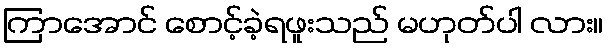
ကြာအောင် စောင့်ခဲ့ရဖူးသည် မဟုတ်ပါ လား။